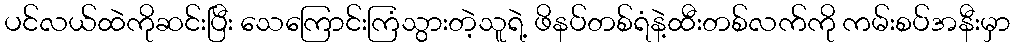
ပင်လယ်ထဲကိုဆင်းပြီး သေကြောင်းကြံသွားတဲ့သူရဲ့ ဖိနပ်တစ်ရံနဲ့ထီးတစ်လက်ကို ကမ်းစပ်အနီးမှာ